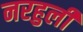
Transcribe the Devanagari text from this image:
नरहुली